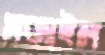
মজাইল